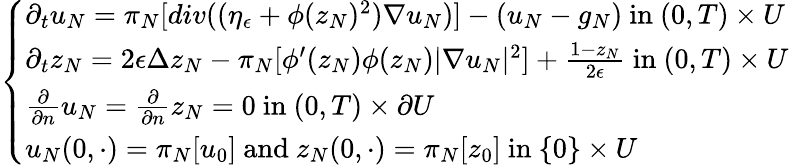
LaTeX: \left\{ \begin{array}{ll}{\partial_{t}u_{N}=\pi_{N}[div((\eta_{\epsilon}+\phi(z_{N})^{2})\nabla u_{N})]-(u_{N}-g_{N})\mathrm{~in~}(0,T)\times U}\\ {\partial_{t}z_{N}=2\epsilon\Delta z_{N}-\pi_{N}[\phi^{\prime}(z_{N})\phi(z_{N})|\nabla u_{N}|^{2}]+\frac{1-z_{N}}{2\epsilon}\mathrm{~in~}(0,T)\times U}\\ {\frac{\partial}{\partial n}u_{N}=\frac{\partial}{\partial n}z_{N}=0\mathrm{~in~}(0,T)\times\partial U}\\ {u_{N}(0,\cdot)=\pi_{N}[u_{0}]\mathrm{~and~}z_{N}(0,\cdot)=\pi_{N}[z_{0}]\mathrm{~in~}\{ 0\} \times U}\end{array}\right.